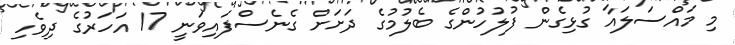
މި މައްސަލައާ ގުޅިގެން ފުލުހުންގެ ބެލުމުގެ ދަށަށް ގެނެސްފައިވަނީ 17 އަހަރުގެ ދިވެހި